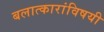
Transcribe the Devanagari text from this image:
बलात्कारांविषयी